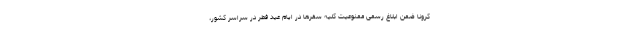
کرونا ضمن ابلاغ رسمی ممنوعیت کلیه سفرها در ایام عید فطر در سراسر کشور،